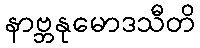
နာဗ္ဘနုမောဒသီတိ